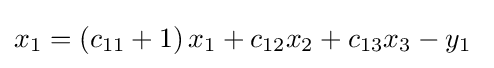
x_{1}=\left(c_{11}+1\right)x_{1}+c_{12}x_{2}+c_{13}x_{3}-y_{1}\